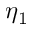
\eta _ { 1 }